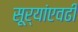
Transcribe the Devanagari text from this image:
सूर्यांएवढी